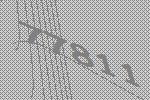
77811